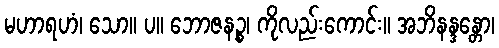
မဟာရဟံ၊ သော။ ပ။ ဘောဇနဉ္စ၊ ကိုလည်းကောင်း။ အဘိနန္ဒန္တော၊